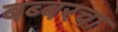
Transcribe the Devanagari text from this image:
बब्बरचा